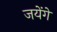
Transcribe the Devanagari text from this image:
जयेंगे